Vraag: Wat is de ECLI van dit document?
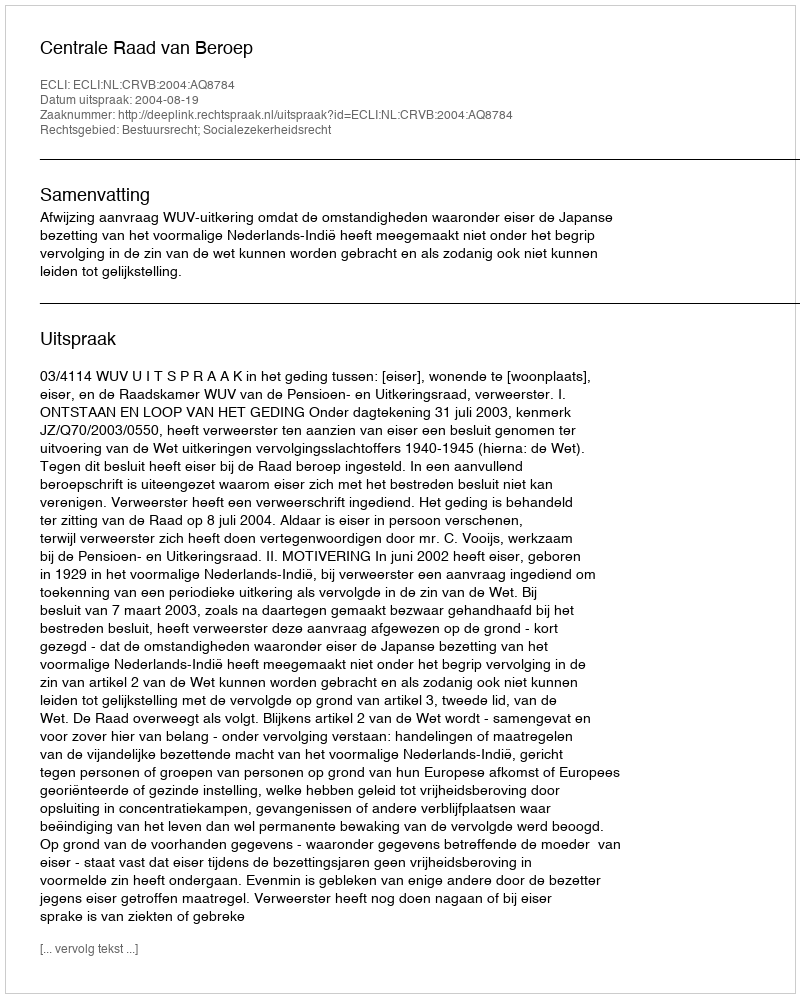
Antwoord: ECLI:NL:CRVB:2004:AQ8784